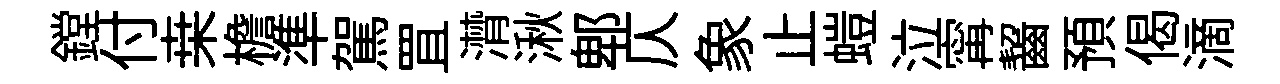
鏜付桒檐準駕罝潸湫郫仄象止螘泣𡩋齧預偈滴